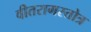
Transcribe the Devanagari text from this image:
वीतरागस्तोत्र